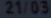
23105